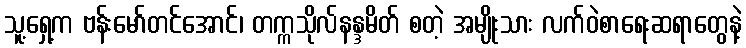
သူ့ရှေ့က ဗန်းမော်တင်အောင်၊ တက္ကသိုလ်နန္ဒမိတ် စတဲ့ အမျိုးသား လက်ဝဲစာရေးဆရာတွေနဲ့